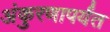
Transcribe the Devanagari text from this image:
अंकुरणापर्यंत